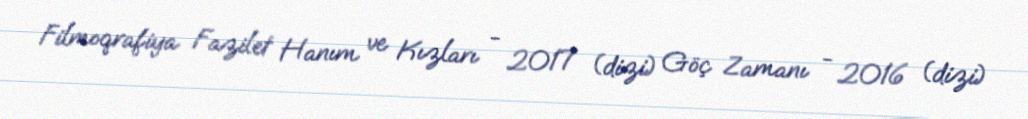
Filmoqrafiya Fazilet Hanım ve Kızları - 2017 (dizi) Göç Zamanı - 2016 (dizi)